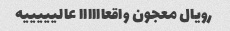
رویال معجون واقعاااااا عالیییییه